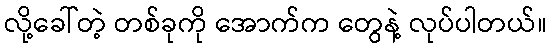
လို့ခေါ်တဲ့ တစ်ခုကို အောက်က တွေနဲ့ လုပ်ပါတယ်။